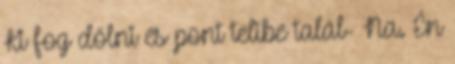
Ki fog dőlni és pont telibe talál- Na. Én